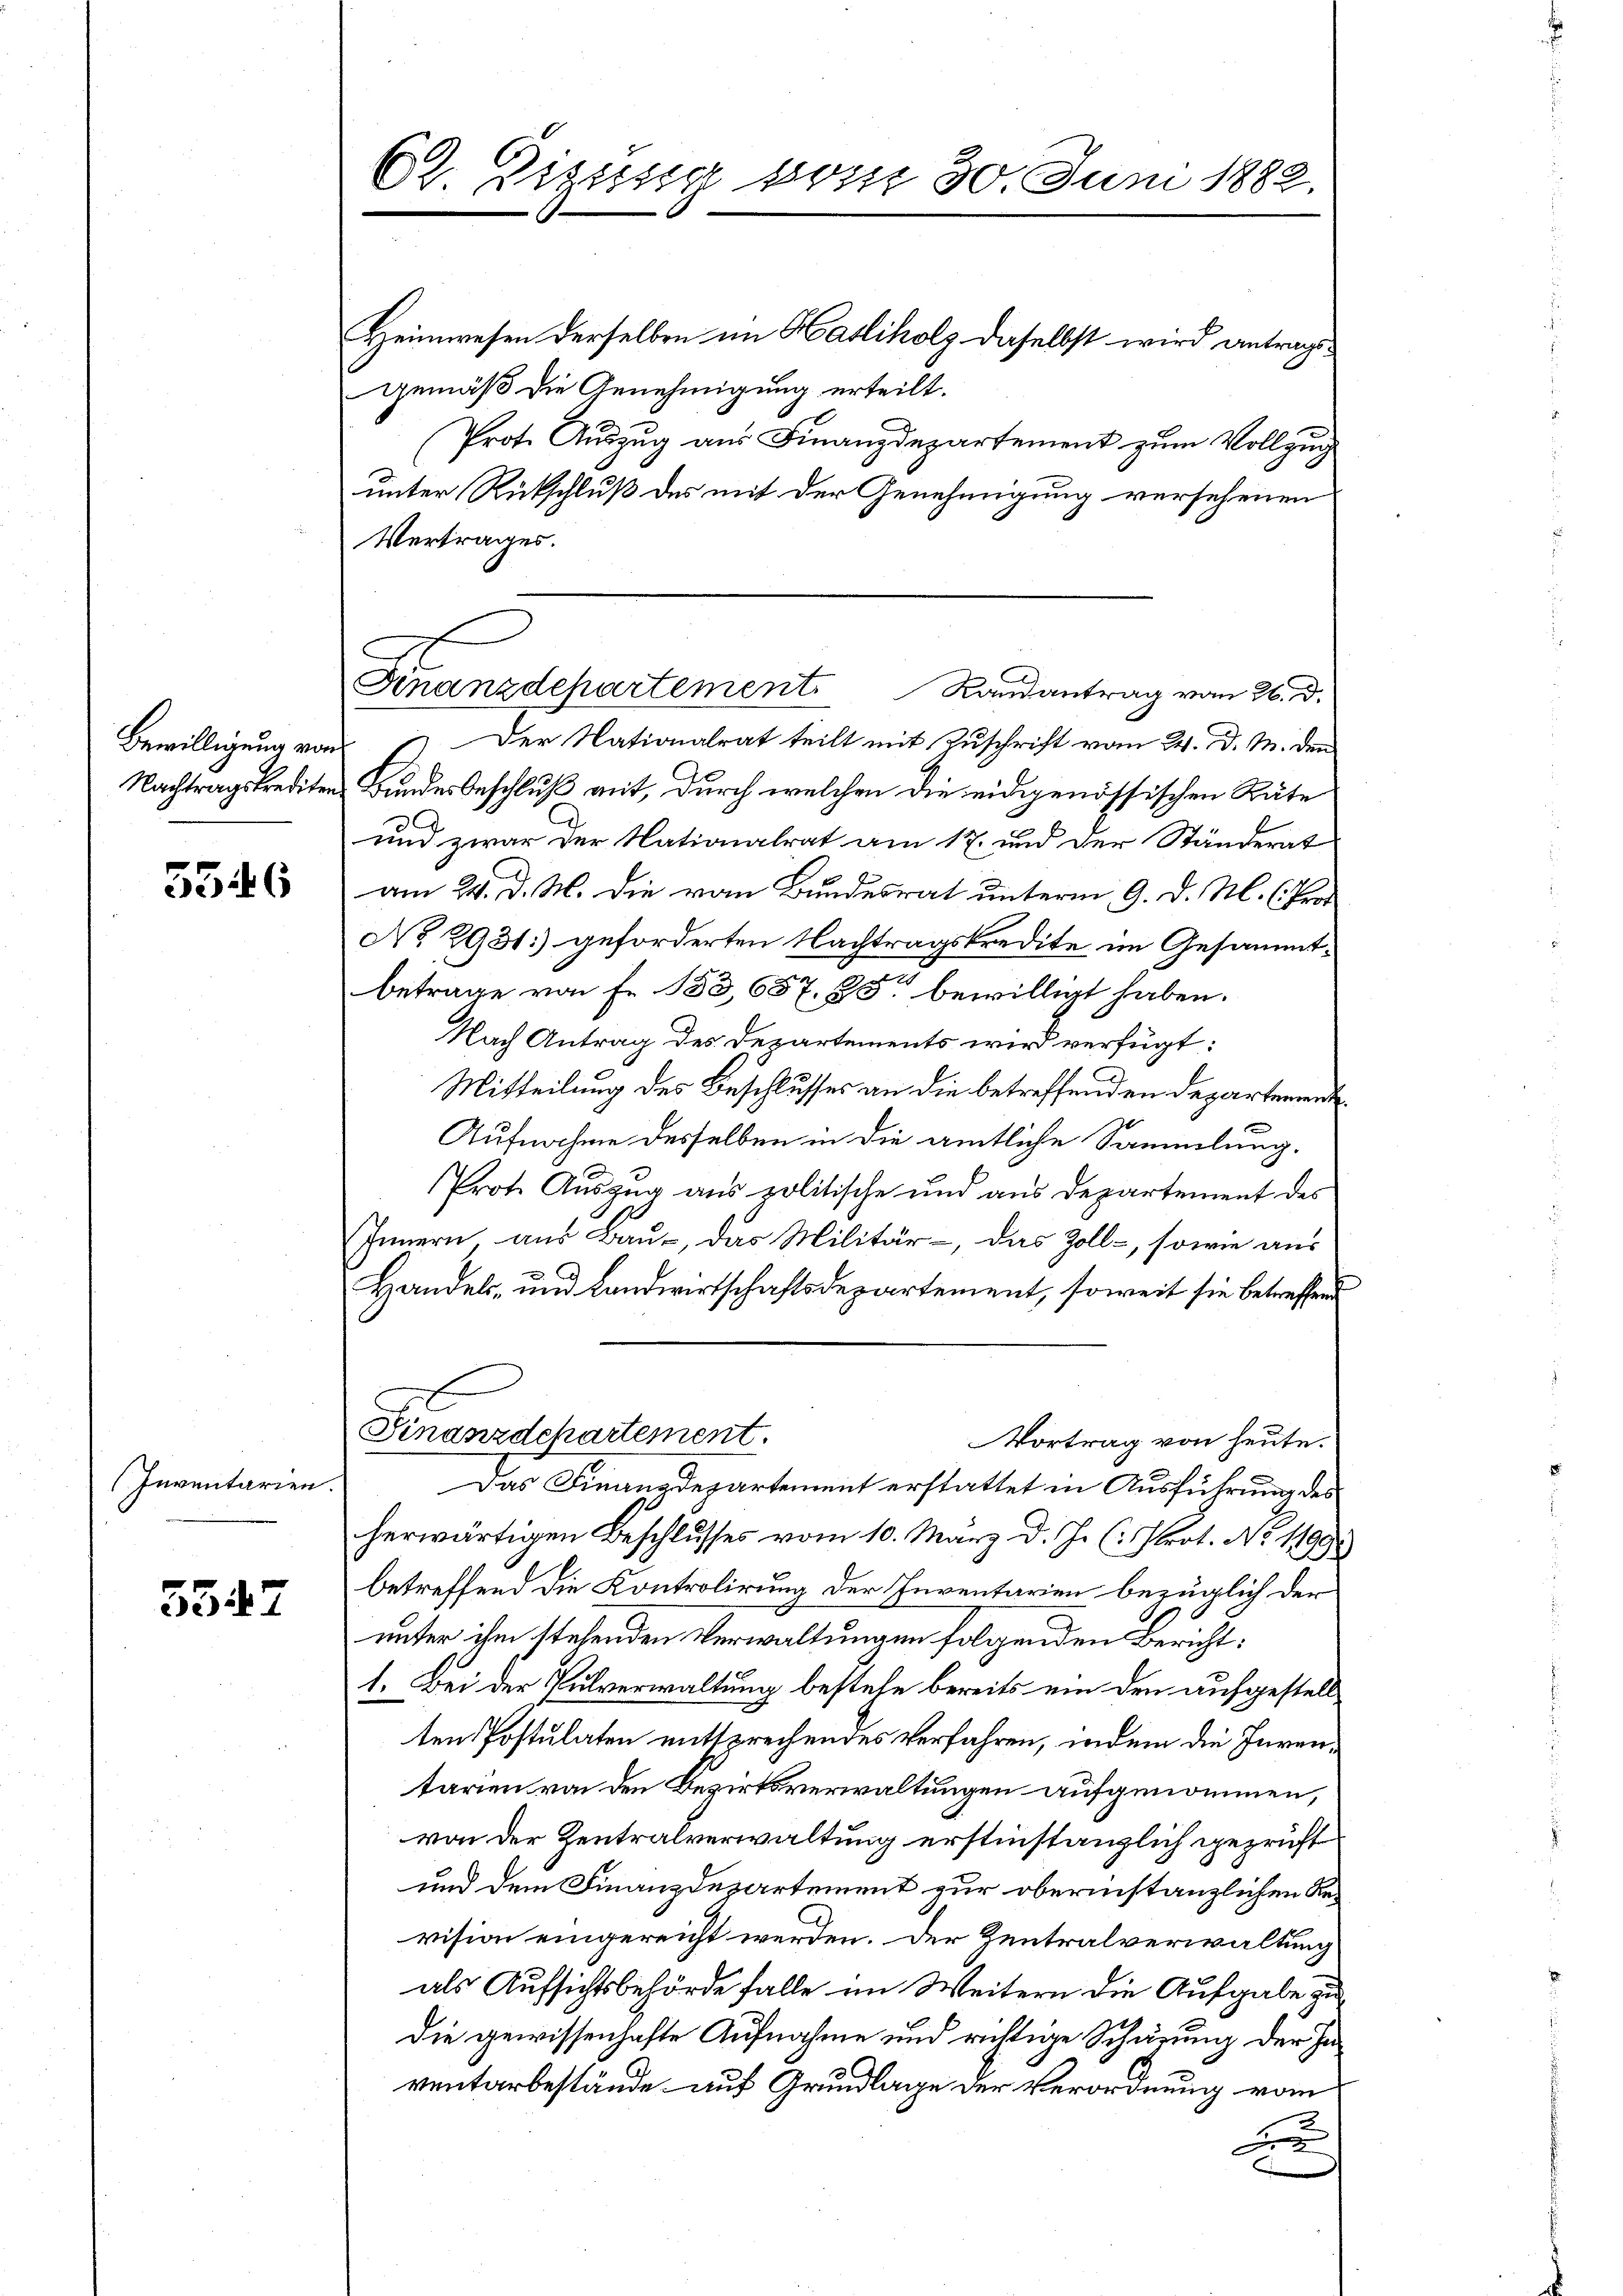
Bewilligung von

5546

Inventarien.

5547

Cl. Zizung vom 30. Juni 1882.

Heimwesen derselben im Hasliholz daselbst wird antragsgemäß die Genehmigung erteilt.
Prot. Auszug aus Finanzdepartement zum Vollzug
unter Rückschluß des mit der Genehmigung versehenen
Vertrages.
Der Nationalrat teilt mit Zuschrift vom 24. d. M. den
Nachtragskrediten Bundesbeschluß mit, durch welchen die eidgenössischen Räte
und zwar der Nationalrat am 17. und der Ständerat
am 24. d. M. die vom Bundesrat unterm 9. d. M. (Prot
No 2931) geforderten Nachtragskredite im Gesammtbetrage von Fr. 183, 657. 85 bewilligt haben.
Nach Antrag des Departements wird verfügt:
Mitteilung des Beschlusses an die betreffenden Departement
Aufnahme desselben in die amtliche Sammlung.
Prot. Auszug aus politische und aus Departement des
Innern, aus Bau-, das Militär-, das Zoll-, sowie aus
Handels- und Landwirtschaftsdepartement, soweit sie betreffend
Finanzdepartement.
Vortrag von heute.
Das Finanzdepartement erstattet in Ausführung des
herwärtigen Beschlusses vom 10. März d. J. (: Prot. No 1199
betreffend die Kontrolirung der Inventarien bezüglich der
unter ihm stehenden Verwaltungen folgenden Bericht¬
1. Bei der Pulverwaltung bestehe bereits ein den aufgestellten Postulaten entsprechendes Verfahren, indem die Inventarien von den Bezirksverwaltungen aufgenommen,
von der Zentralverwaltung erstinstanzlich geprüft
und dem Finanzdepartement zur oberinstanzlichen Revision eingereicht werden. Der Zentralverwaltung
als Aufsichtsbehörde falle im Weitern die Aufgabe zu
Die gewissenhafte Aufnahme und richtige Schärung der Inventarbestände und Grundlage der Verordnung vom
B

Gnanzdepartement. Randantrag vom 26. d.